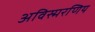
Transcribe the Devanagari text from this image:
अविस्मरणिय